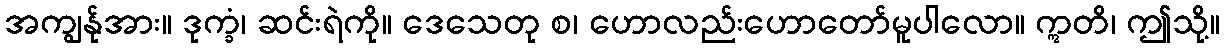
အကျွန်ုအား။ ဒုက္ခံ၊ ဆင်းရဲကို။ ဒေသေတု စ၊ ဟောလည်းဟောတော်မူပါလော။ ဣတိ၊ ဤသို့။